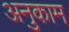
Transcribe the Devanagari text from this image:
अनुकाम